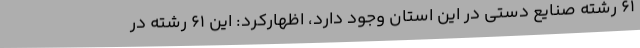
61 رشته صنایع دستی در این استان وجود دارد، اظهارکرد: این 61 رشته در